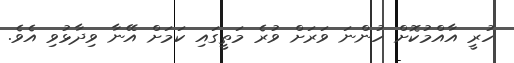
ހުރީ އާއްމުކޮށް ހުންނަ ވަރަށް ވުރެ މަަތީގައި ކަމަށް އޭނާ ވިދާޅުވި އެވެ.